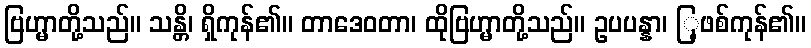
ဗြဟ္မာတို့သည်။ သန္တိ၊ ရှိကုန်၏။ တာဒေဝတာ၊ ထိုဗြဟ္မာတို့သည်။ ဥပပန္နာ၊ ြ့ဖစ်ကုန်၏။